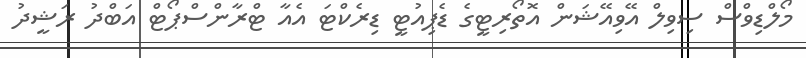
މޯލްޑިވްސް ސިވިލް އޭވިއޭޝަން އޮތޯރިޓީގެ ޑެޕިއުޓީ ޑިރެކްޓަ އެއާ ޓްރާންސްޕޯޓް އަބްދު ރަޝީދު